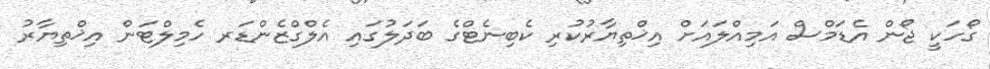
ގޯހަކީ ޖޯން އެޑަމްސް އަމިއްލައަށް އިޚްތިޔާރުކުރި ކެބިނެޓްގެ ބަދަލުގައި އެލްގްޒެންޑަރ ހެމިލްޓަން އިޚްތިޔާރު